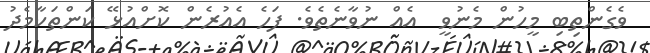
ވެގެންތިބި މީހުން މެނުވީ  އެއް ނުވާނެތެވެ. ފަހެ އެއުރެން ކޮށްއުޅޭ ކަންތަކާމެދު